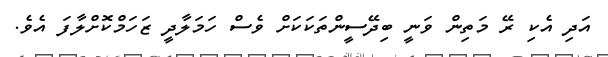
އަދި އެކި ރޭ މަތިން ވަނީ ބިދޭސީންތަކަކަށް ވެސް ހަމަލާދީ ޒަހަމްކޮށްލާފަ އެވެ.